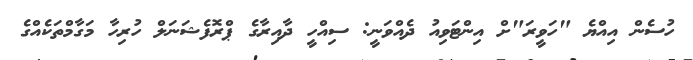
ހުސެން އިއްޔެ "ހަވީރަ"ށް އިންޓަވިއު ދެއްވަނީ: ސިއްހީ ދާއިރާގެ ޕްރޮފެޝަނަލް ހުރިހާ މަގާމްތަކެއްގެ